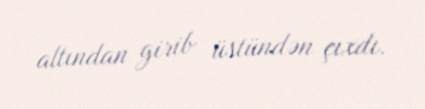
altından girib üstündən çıxdı.